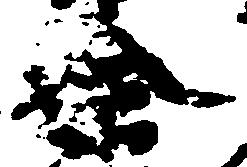
全